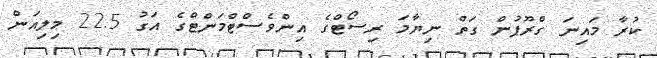
ކުރާ މައިނަ ގްރޫޕުން ގަތް ނިޔާމަ ރިސޯޓްގެ އިންވެސްޓްމަންްޓްގެ އަގު 22.5 މިލިއަން